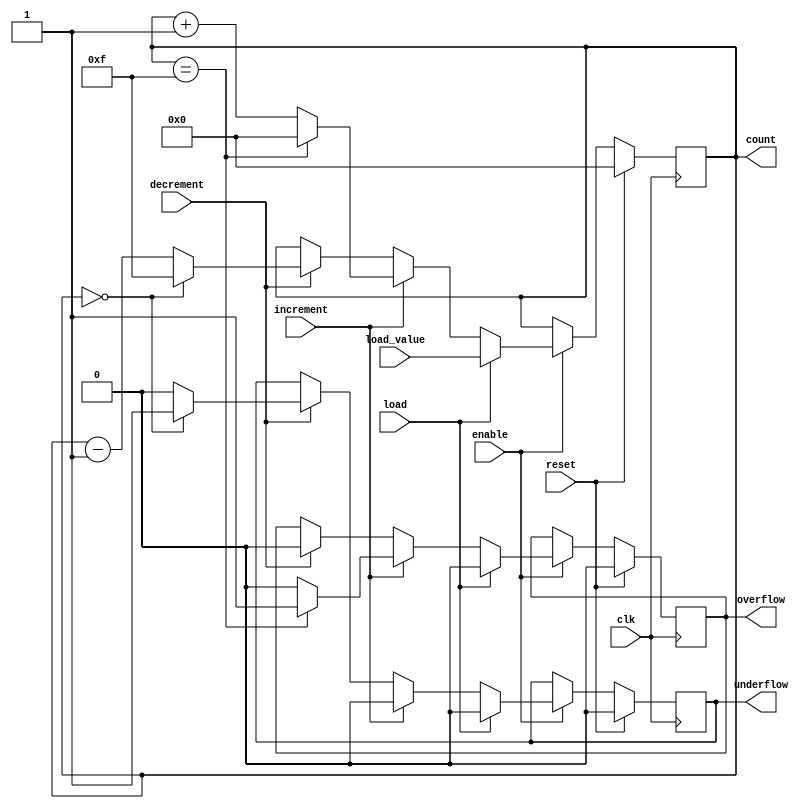
module synchronous_counter #(
    parameter N = 4 // Number of bits in the counter
)(
    input wire clk,             // Clock input
    input wire reset,           // Synchronous reset
    input wire load,            // Load control signal
    input wire [N-1:0] load_value, // Value to load into the counter
    input wire increment,       // Increment control signal
    input wire decrement,       // Decrement control signal
    input wire enable,          // Enable signal
    output reg [N-1:0] count,   // Counter output
    output reg overflow,        // Overflow flag
    output reg underflow        // Underflow flag
);

    // Initialize count, overflow, and underflow
    initial begin
        count = 0;
        overflow = 0;
        underflow = 0;
    end

    always @(posedge clk) begin
        if (reset) begin
            // Reset the counter
            count <= 0;
            overflow <= 0;
            underflow <= 0;
        end else if (enable) begin
            if (load) begin
                // Load the counter with the specified value
                count <= load_value;
                overflow <= 0;
                underflow <= 0;
            end else if (increment) begin
                // Increment the counter
                if (count == (1 << N) - 1) begin
                    count <= 0; // Wrap around
                    overflow <= 1; // Set overflow flag
                end else begin
                    count <= count + 1;
                    overflow <= 0;
                end
                underflow <= 0;
            end else if (decrement) begin
                // Decrement the counter
                if (count == 0) begin
                    count <= (1 << N) - 1; // Wrap around
                    underflow <= 1; // Set underflow flag
                end else begin
                    count <= count - 1;
                    underflow <= 0;
                end
                overflow <= 0;
            end
        end
    end

endmodule